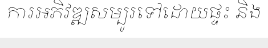
ការអភិវឌ្ឍសម្បូរទៅដោយផ្ទះ និង